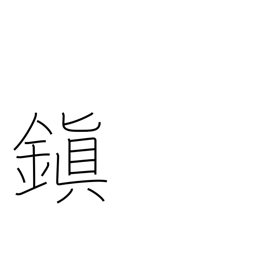
Meaning: ancient peace-preservation centers